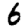
Digit: 6